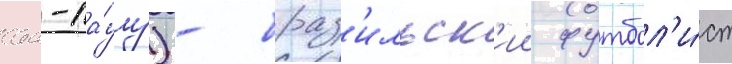
сан-па́улу) - браз'ильск'ии футбол'и́ст